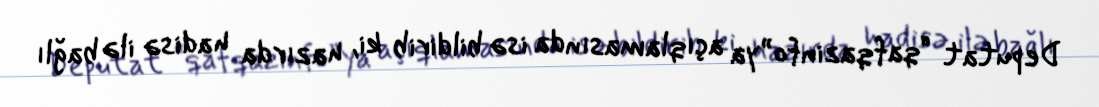
Deputat “qafqazinfo”ya açıqlamasında isə bildirib ki, hazırda hadisə ilə bağlı